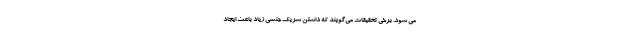
می­ شود. برخی تحقیقات می­گویند که داشتن شریک جنسی زیاد باعث ایجاد